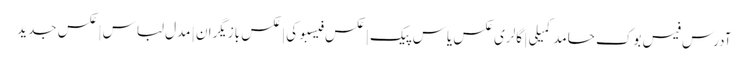
آدرس فیس بوک حامد کمیلی | گالری عکس یاس پیک | عکس فیسبوکی | عکس بازیگران | مدل لباس | عکس جدید